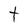
Character: t